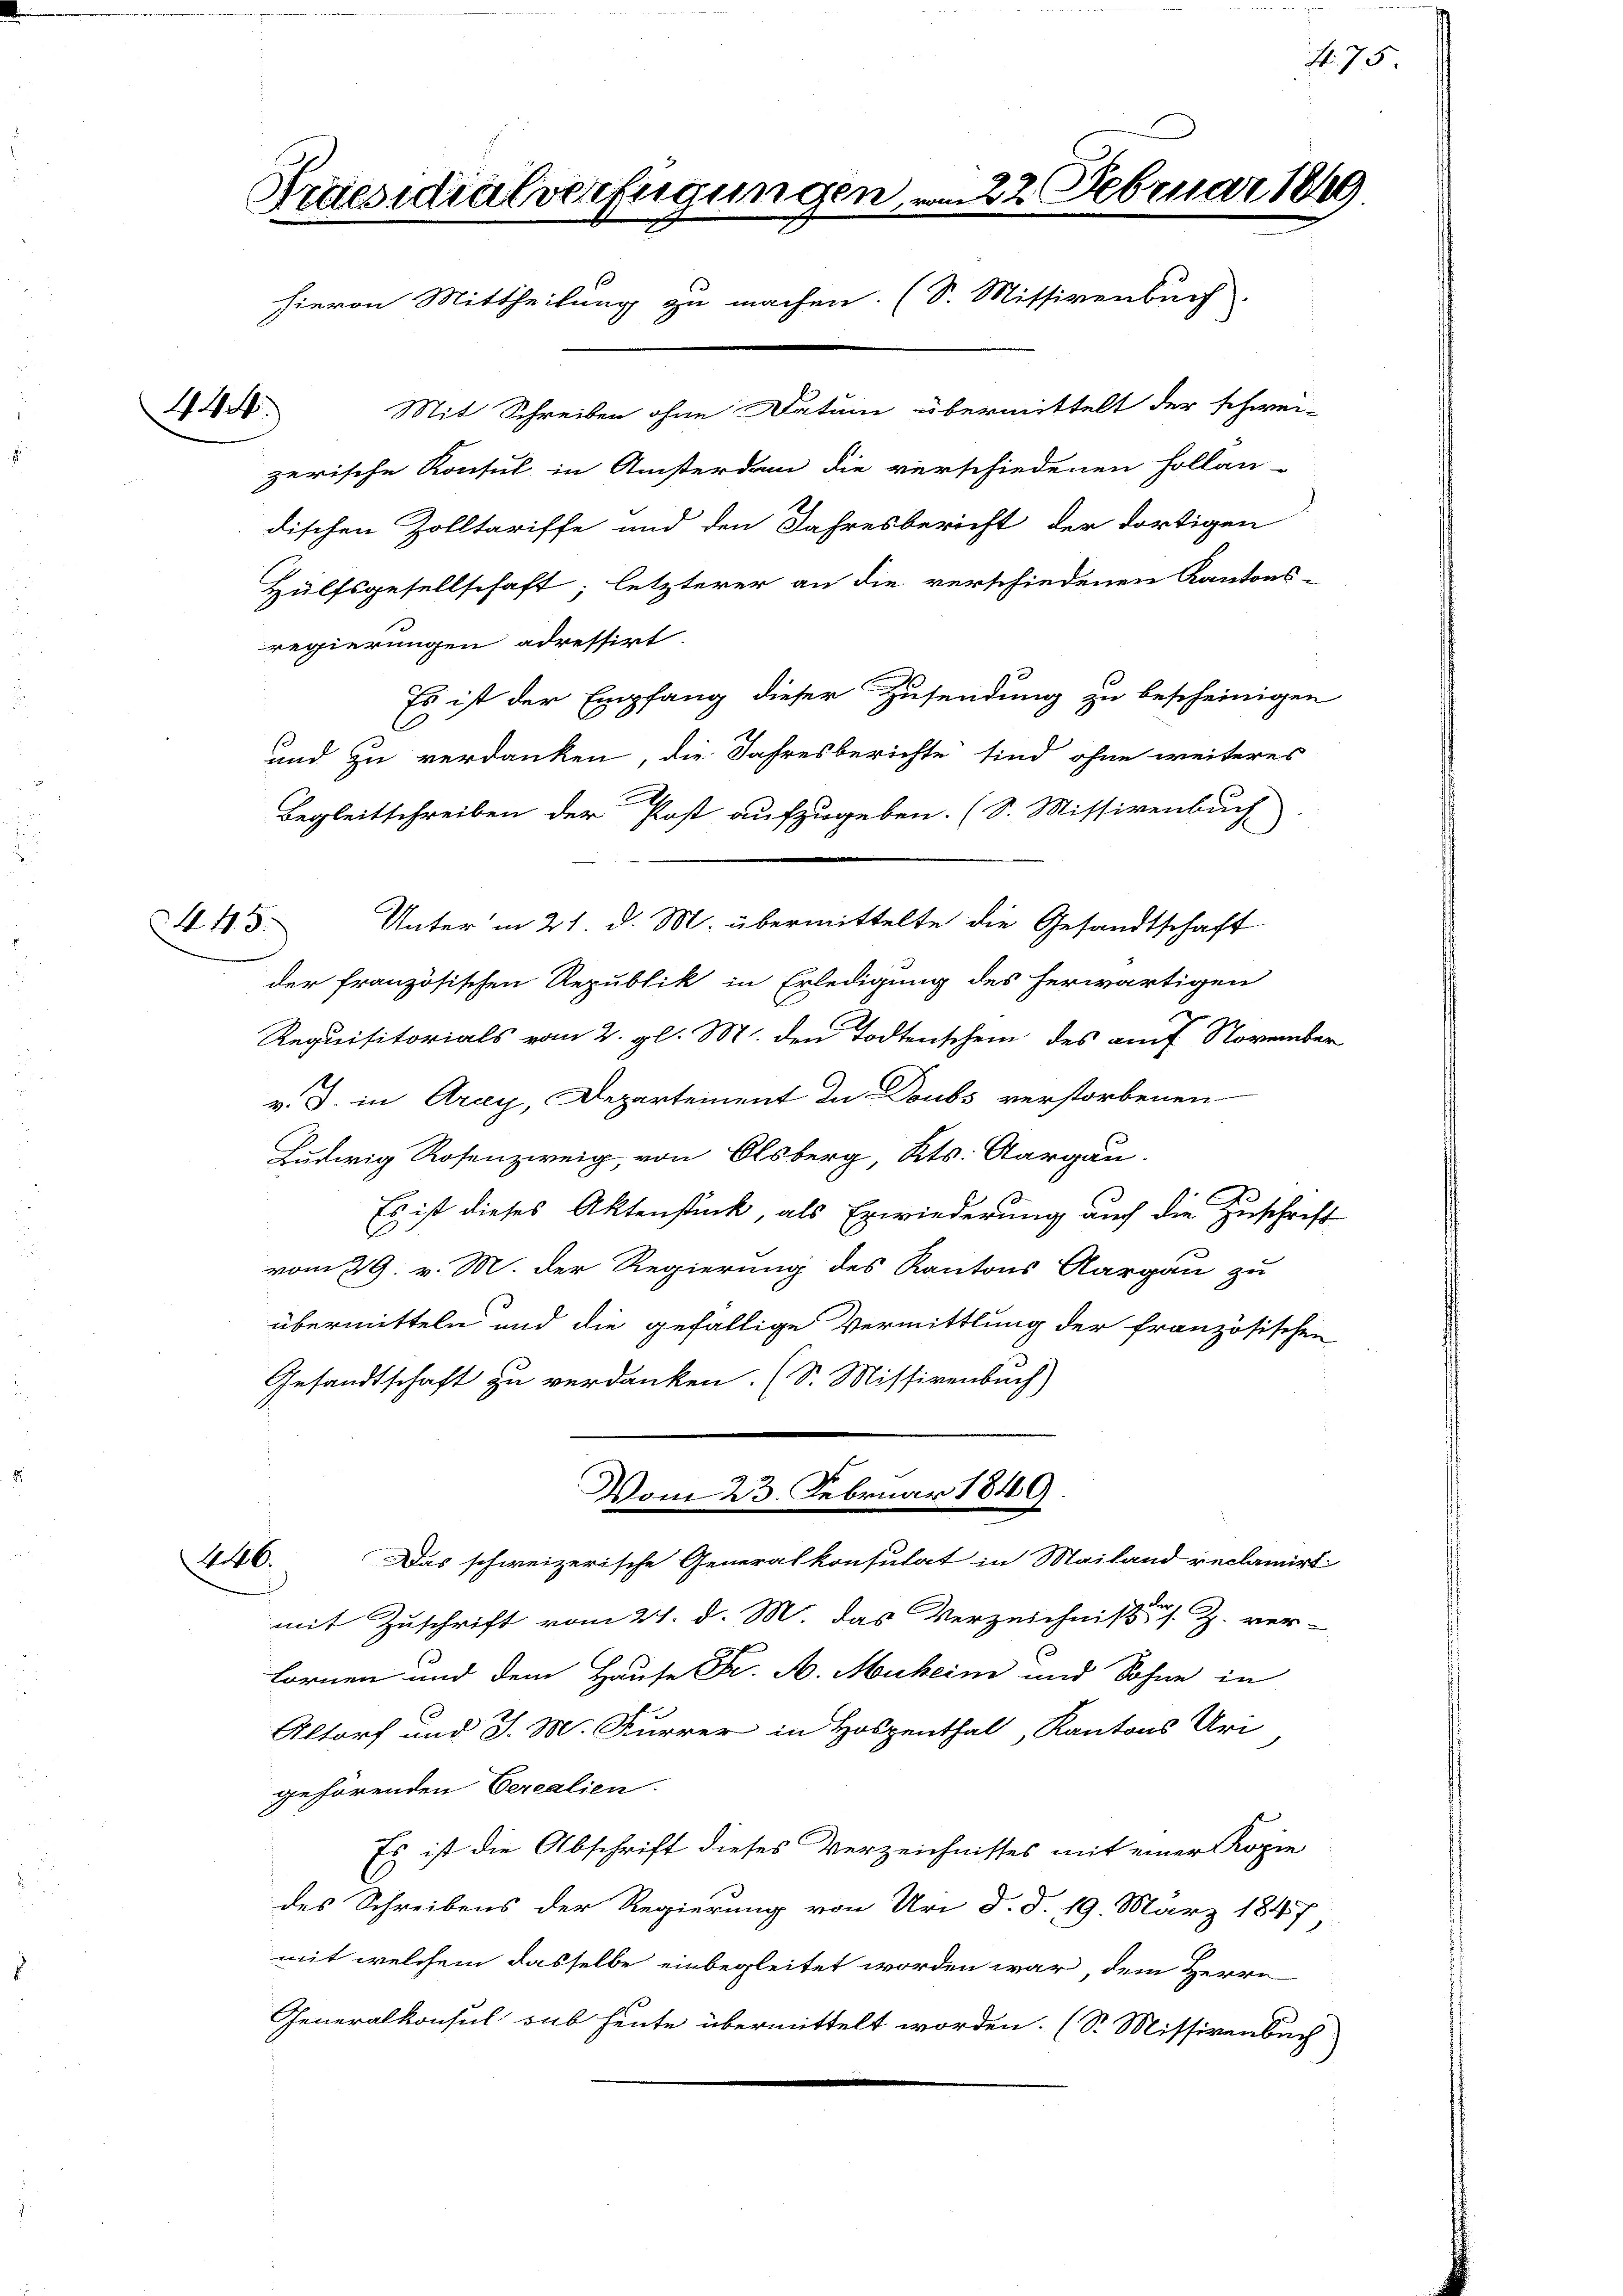
144.

Praesidialverfügungen, vom 22 Februar 1849
hievon Mittheilung zu machen. (S. Missivenburg

Mit Schreiben ohne Datum übermittelt der schwei-
zerische Konsul in Ansterdan die verschiedenen Follan-
dischen Zolltariffe und den Jahresbericht der dortigen
Hülfsgesellschaft; letzterer an die verschiedenen Kantons-
regierungen adressirt.
Es ist der Empfang dieser Zusendung zu bescheinigen
und zu verdanken, die Jahresberichte sind ohne weiteres
Begleitschreiben der Post aufzugeben. (S. Missivenbuch
Unter in 21 d. M. übermittelte die Gesandtschaft
der französischen Republik in Erledigung des herwärtigen
Requisitorials vom 2. gl. M. den Todtenschein des auf Novemb
v. J. in Arcy, Departement in Doubs verstorbenen
Ludwig Rosenzweig, von Olsberg, Kts. Aargau.
Es ist dieses Aktenstück, als Erwiederung auch die Zuschrift
vom 29. v. M. der Regierung des Kantons Aargau zu
übermitteln und die gefällige Vermittlung der französische
Gesandtschaft zu verdanken. (S. Missivenbach)
Vom 23. Februar 1849.
446. Das schweizerische Generalkonsulat in Mailand reclamir
mit Zuschrift vom 21. d. M. das Verzeichnisse s. Z. ver-
fornen und dem Hause Fr. A. Muheim und Sohne in
Altorf und J. M. Kurrer in Hospenthal, Kantons Uri
gehörenden Cerealien.
Es ist die Abschrift dieses Verzeichnisses mit einer Kopie
des Schreibens der Regierung von Uri d. d. 19. März 1847
mit welchem dasselbe einbegleitet worden war, dem Herrn
Generalkonsul sub heute übermittelt worden. (S. Missivenbuch

445.

4. 75

e

en

de

2